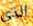
الذي